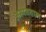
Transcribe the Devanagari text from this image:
अस्पतताल